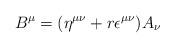
LaTeX: \begin{align*}B^{\mu} = (\eta^{\mu\nu} + r\epsilon^{\mu\nu})A_{\nu}\end{align*}